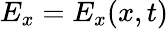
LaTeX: E_{x}=E_{x}(x,t)